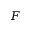
F